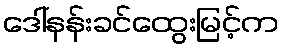
ဒေါ်နန်းခင်ထွေးမြင့်က